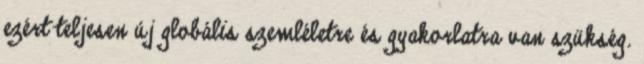
ezért teljesen új globális szemléletre és gyakorlatra van szükség.